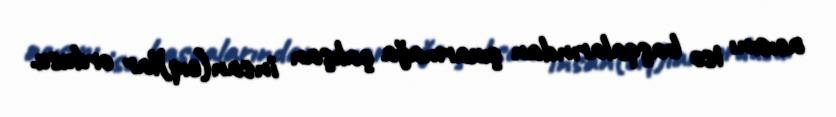
acısını isə başqalarından çıxarmağa çalışan insan(cıq)lar ordusu.